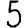
Digit: 5